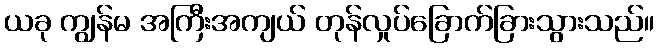
ယခု ကျွန်မ အကြီးအကျယ် တုန်လှုပ်ခြောက်ခြားသွားသည်။